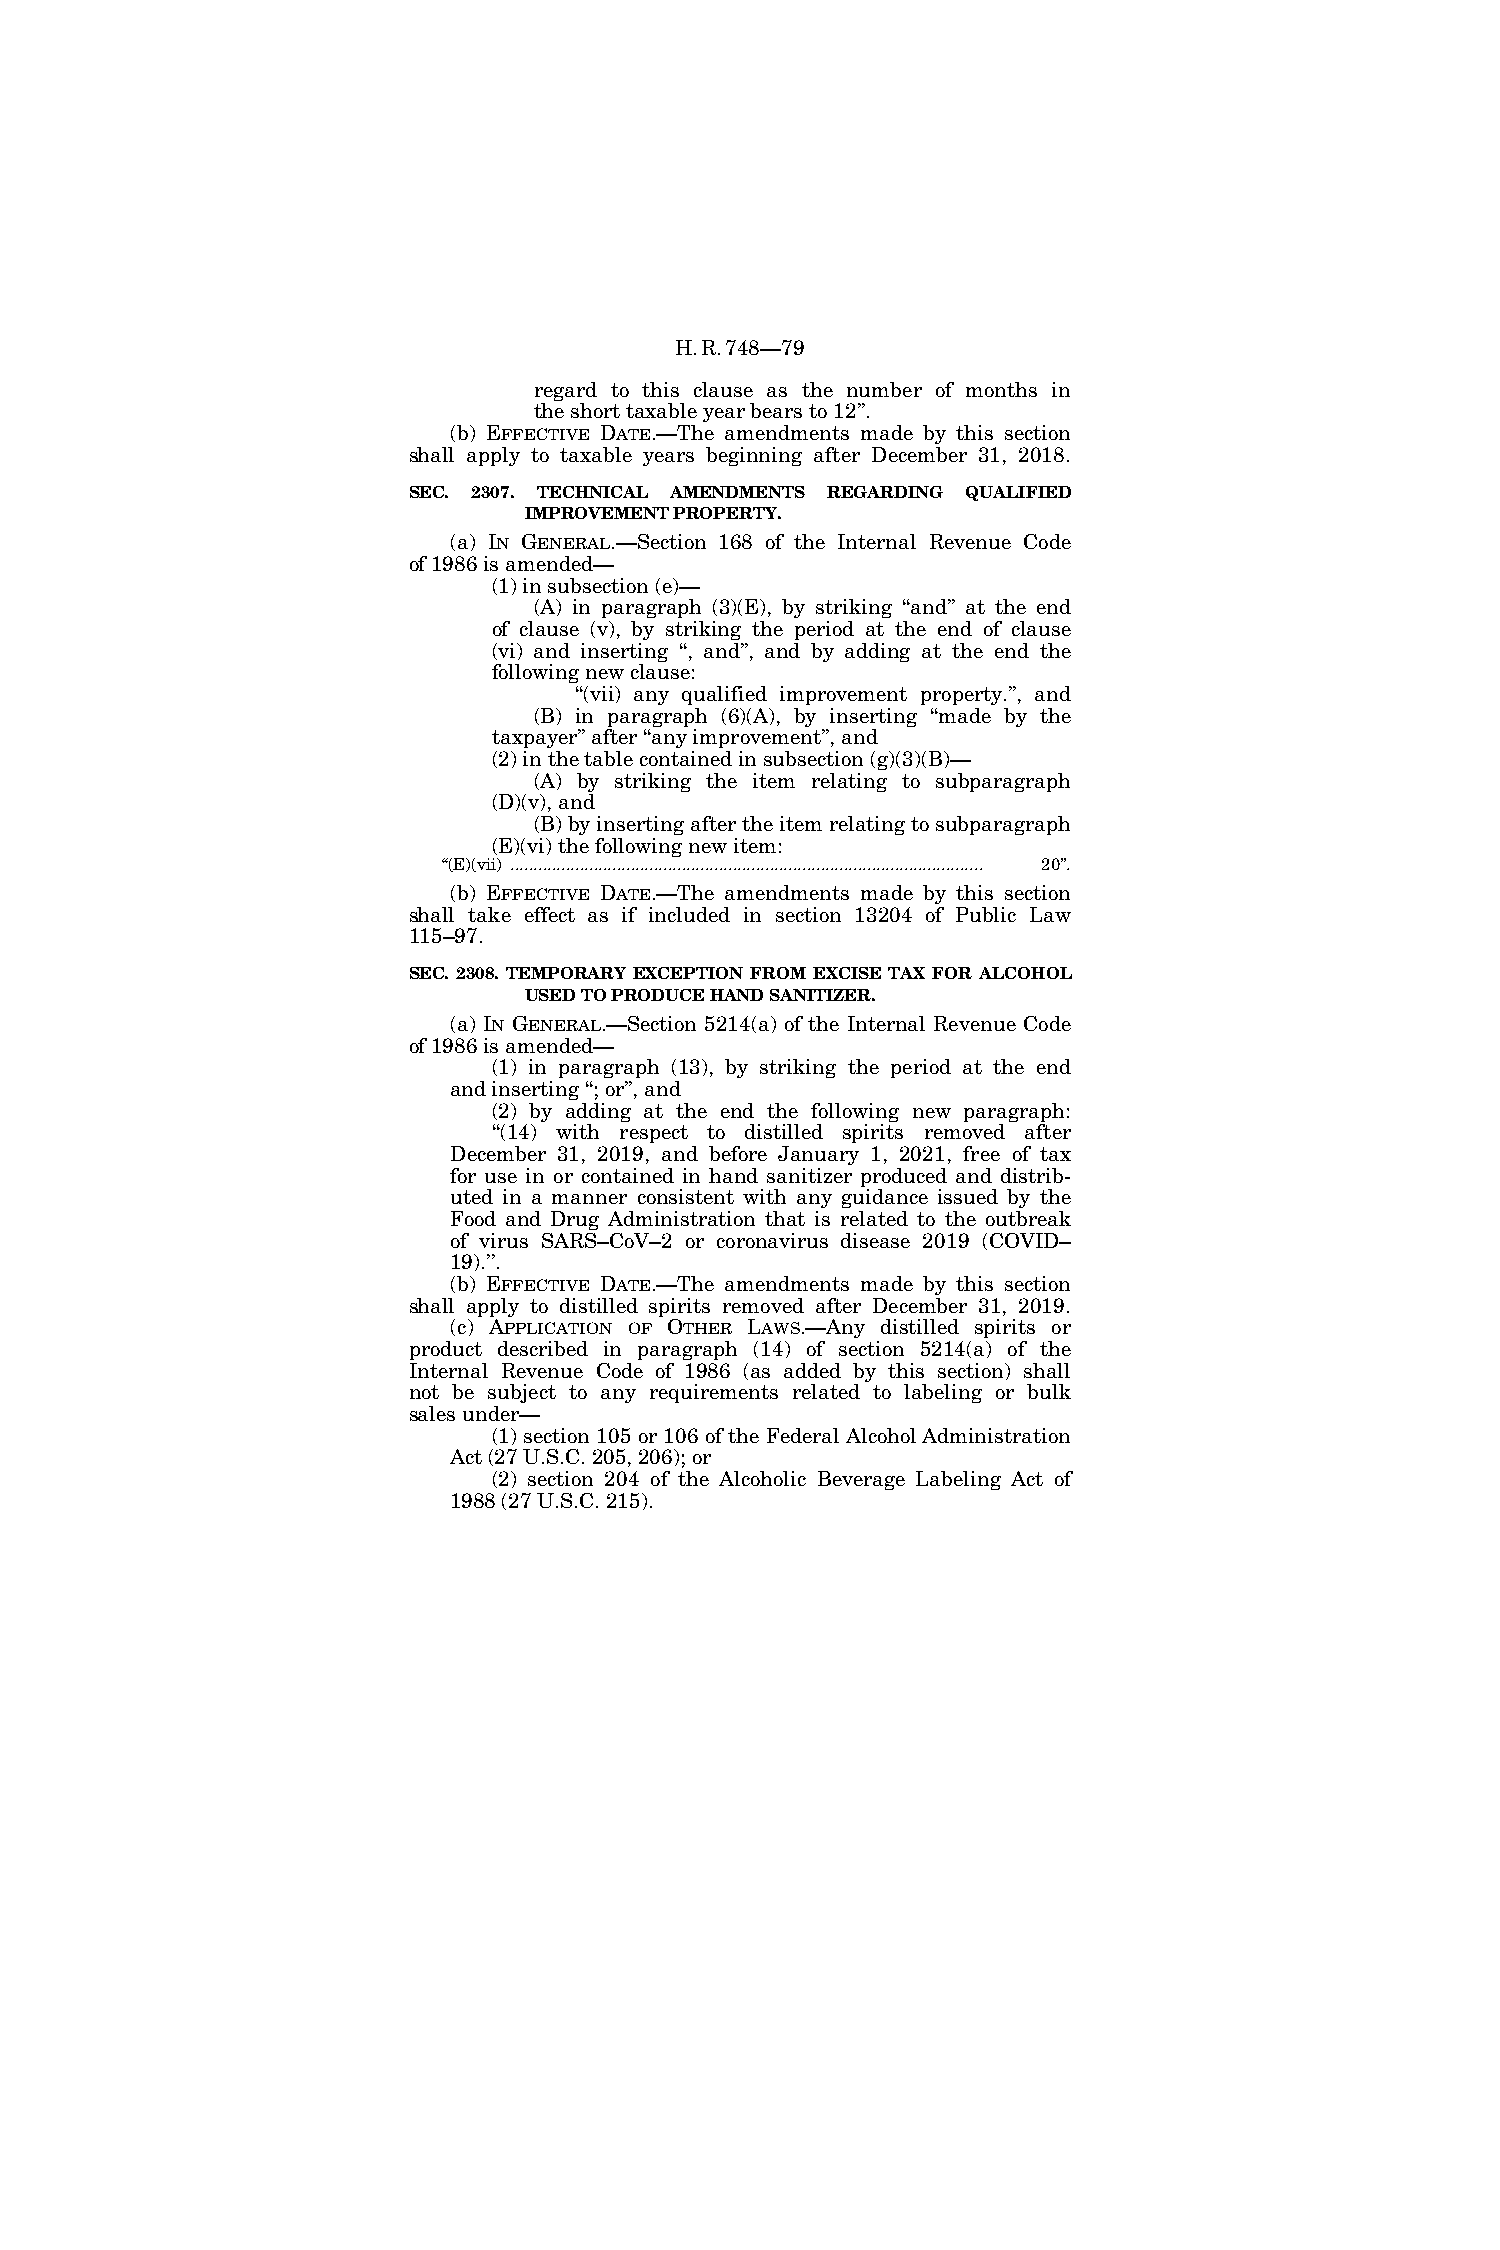
H.R.748—79
 regard to this clause as the number of months in
 the short taxable year bears to 12’’.
 (b) EFFECTIVE DATE.—The amendments made by this section
 shall apply to taxable years beginning after December 31, 2018.
 SEC. 2307. TECHNICAL AMENDMENTS REGARDING QUALIFIED
 IMPROVEMENT PROPERTY.
 (a) IN GENERAL.—Section 168 of the Internal Revenue Code
 of 1986 is amended—
 (1) in subsection (e)—
 (A) in paragraph (3)(E), by striking ‘‘and’’ at the end
 of clause (v), by striking the period at the end of clause
 (vi) and inserting ‘‘, and’’, and by adding at the end the
 following new clause:
 ‘‘(vii) any qualified improvement property.’’, and
 (B) in paragraph (6)(A), by inserting ‘‘made by the
 taxpayer’’ after ‘‘any improvement’’, and
 (2) in the table contained in subsection (g)(3)(B)—
 (A) by striking the item relating to subparagraph
 (D)(v), and
 (B) by inserting after the item relating to subparagraph
 (E)(vi) the following new item:
 ‘‘(E)(vii) ...................................................................................................... 20’’.
 (b) EFFECTIVE DATE.—The amendments made by this section
 shall take effect as if included in section 13204 of Public Law
 115–97.
 SEC. 2308. TEMPORARY EXCEPTION FROM EXCISE TAX FOR ALCOHOL
 USED TO PRODUCE HAND SANITIZER.
 (a) IN GENERAL.—Section 5214(a) of the Internal Revenue Code
 of 1986 is amended—
 (1) in paragraph (13), by striking the period at the end
 and inserting ‘‘; or’’, and
 (2) by adding at the end the following new paragraph:
 ‘‘(14) with respect to distilled spirits removed after
 December 31, 2019, and before January 1, 2021, free of tax
 for use in or contained in hand sanitizer produced and distrib-
 uted in a manner consistent with any guidance issued by the
 Food and Drug Administration that is related to the outbreak
 of virus SARS–CoV–2 or coronavirus disease 2019 (COVID–
 19).’’.
 (b) EFFECTIVE DATE.—The amendments made by this section
 shall apply to distilled spirits removed after December 31, 2019.
 (c) APPLICATION OF OTHER LAWS.—Any distilled spirits or
 product described in paragraph (14) of section 5214(a) of the
 Internal Revenue Code of 1986 (as added by this section) shall
 not be subject to any requirements related to labeling or bulk
 sales under—
 (1) section 105 or 106 of the Federal Alcohol Administration
 Act (27 U.S.C. 205, 206); or
 (2) section 204 of the Alcoholic Beverage Labeling Act of
 1988 (27 U.S.C. 215).